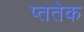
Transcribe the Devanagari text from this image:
प्ततेक